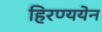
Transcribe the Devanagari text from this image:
हिरण्ययेन